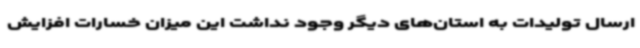
ارسال تولیدات به استان‌های دیگر وجود نداشت این میزان خسارات افزایش